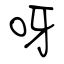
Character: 呀